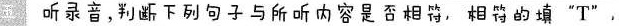
五 听录音,判下列句与所听内容是否相符,相符的填"T",